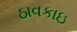
ઠાવકાઇ